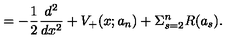
= - \frac { 1 } { 2 } \frac { d ^ { 2 } } { d x ^ { 2 } } + V _ { + } ( x ; a _ { n } ) + \Sigma _ { s = 2 } ^ { n } R ( a _ { s } ) .